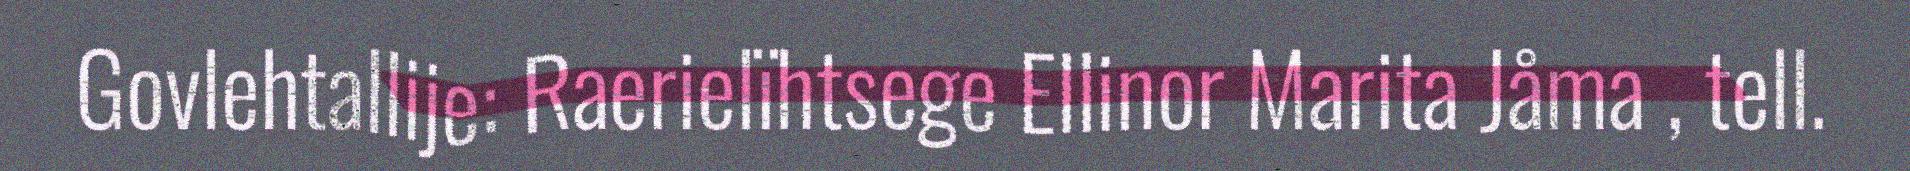
Govlehtallije: Raerielïhtsege Ellinor Marita Jåma , tell.